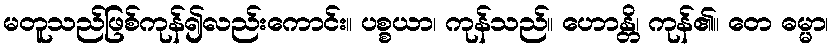
မတူသည်ဖြစ်ကုန်၍လည်းကောင်း။ ပစ္စယာ၊ ကုန်သည်။ ဟောန္တိ၊ ကုန်၏။ တေ ဓမ္မာ၊